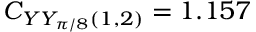
C _ { Y Y _ { \pi / 8 } ( 1 , 2 ) } = 1 . 1 5 7